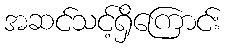
အဆင်သင့်ရှိကြောင်း